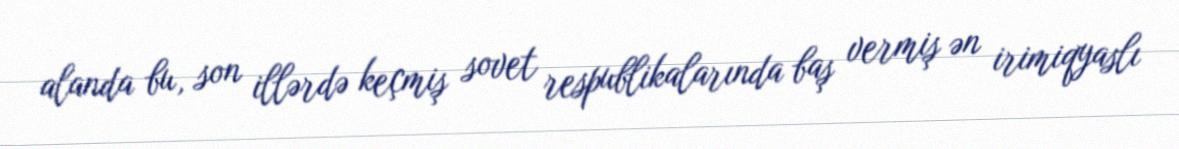
alanda bu, son illərdə keçmiş sovet respublikalarında baş vermiş ən irimiqyaslı